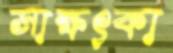
সাক্ষৎকা